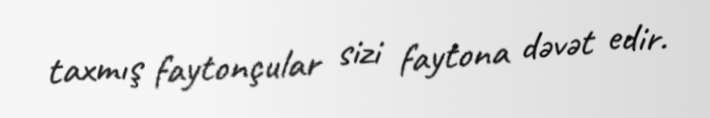
taxmış faytonçular sizi faytona dəvət edir.